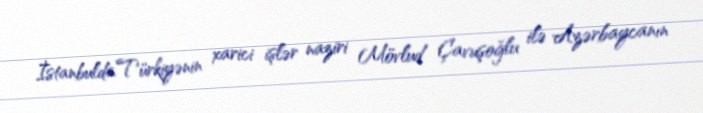
İstanbulda Türkiyənin xarici işlər naziri Mövlud Çavuşoğlu ilə Azərbaycanın